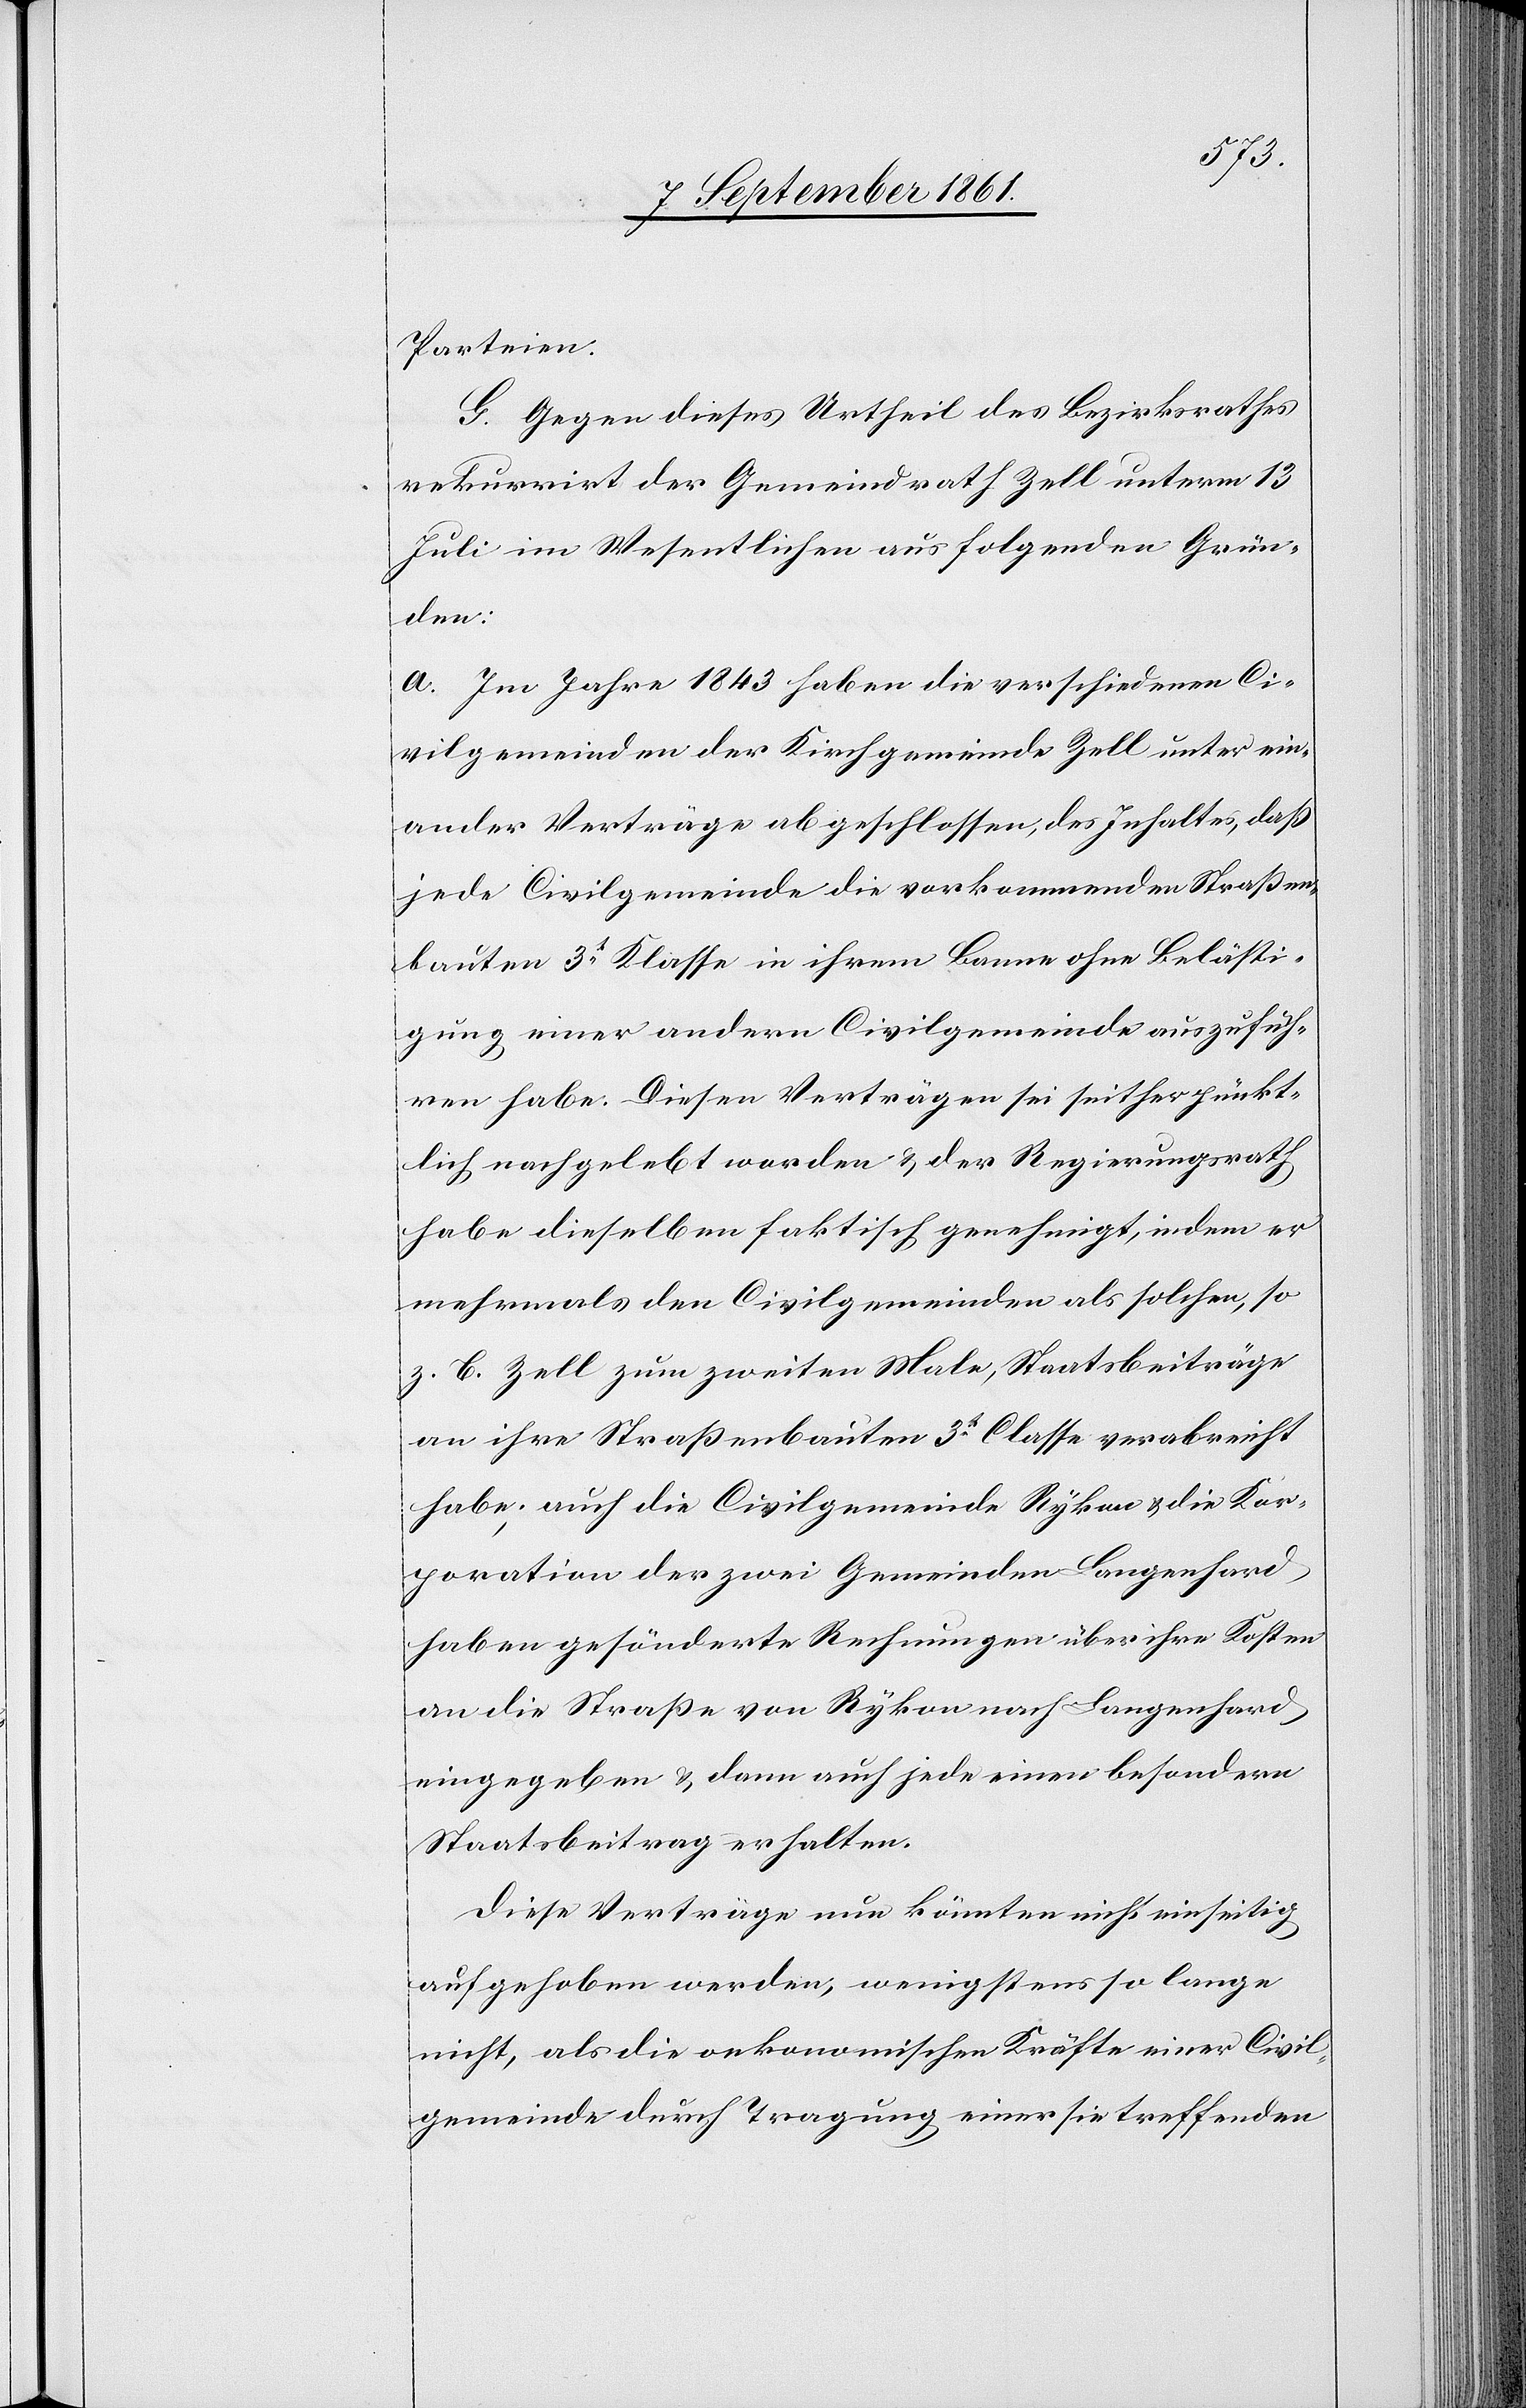
Parteien.
G. Gegen dieses Urtheil des Bezirksrathes
rekurrirt der Gemeindrath Zell unterm 13
Juli im Wesentlichen aus folgenden Grün¬
den:
a. Im Jahre 1843 haben die verschiedenen Ci¬
vilgemeinden der Kirchgemeinde Zell unter ein¬
ander Verträge abgeschlossen, des Inhaltes, daß
jede Civilgemeinde die vorkommenden Straßen¬
bauten 3t Klasse in ihrem Banne ohne Belästi¬
gung einer andern Civilgemeinde auszufüh¬
ren habe. Diesen Verträgen sei seither pünkt¬
lich nachgelebt worden u. der Regierungsrath
habe dieselben faktisch genehmigt, indem er
mehrmals den Civilgemeinden als solchen, so
z. B. Zell zum zweiten Male, Staatsbeiträge
an ihre Straßenbauten 3t Classe verabreicht
habe; auch die Civilgemeinde Rykon u. die Kor¬
porationen der zwei Gemeinden Langenhard
haben gesönderte Rechnungen über ihre Kosten
an die Straße von Rykon nach Langenhard
eingegeben u. dann auch jede einen besondern
Staatsbeitrag erhalten.
Diese Verträge nun könnten nicht einseitig
aufgehoben werden, wenigstens so lange
nicht, als die oekonomischen Kräfte einer Civil¬
gemeinde durch Tragung einer sie treffenden